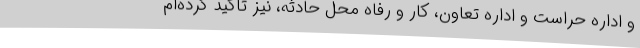
و اداره حراست و اداره تعاون، کار و رفاه محل حادثه، نیز تاکید کرده‌ام‌